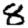
Digit: 8